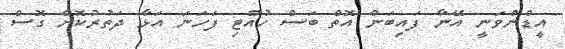
އީޑްންވަނީ އޭނާ ފައިބަން އޮތް ބަސް ހުއްޓި ފަހަނަ އަޅާ ދަތުރުކޮށް ގޮސް